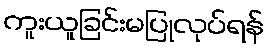
ကူးယူခြင်းမပြုလုပ်ရန်